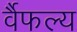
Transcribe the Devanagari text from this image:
र्वैफल्य